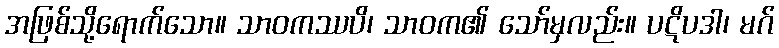
အဖြစ်သို့ရောက်သော။ သာဝကဿပိ၊ သာဝက၏ သော်မှလည်း။ ပဋိပဒါ၊ မဂ်